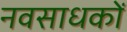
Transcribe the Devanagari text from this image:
नवसाधकों